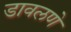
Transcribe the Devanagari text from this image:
डावलणे